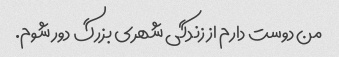
من دوست دارم از زندگی شهری بزرگ دور شوم.